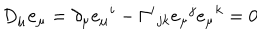
D _ { \mu } { \bf e } _ { \mu } = \partial _ { \mu } e _ { \mu } { } ^ { i } - \Gamma ^ { i } { } _ { j k } e _ { \mu } { } ^ { j } e _ { \mu } { } ^ { k } = 0